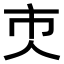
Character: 𠆴